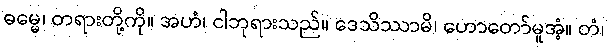
ဓမ္မေ၊ တရားတို့ကို။ အဟံ၊ ငါဘုရားသည်။ ဒေသိဿာမိ၊ ဟောတော်မူအံ့။ တံ၊